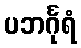
ပဘင်္ဂုရံ